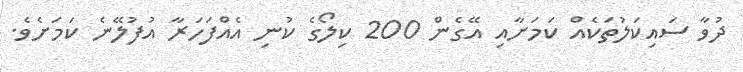
ދުވާ ސައިކަލުތަކެއް ކަމަށާއި އޭގެން 200 ކިލޯގެ ކުނި އެއްފަހަރާ އުފުލޭނެ ކަމަށެވެ.